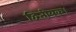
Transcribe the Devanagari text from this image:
द्वितीयक।